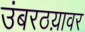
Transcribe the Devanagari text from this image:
उंबरठय़ावर